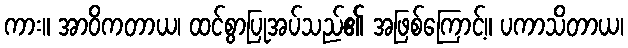
ကား။ အာဝိကတာယ၊ ထင်စွာပြုအပ်သည်၏ အဖြစ်ကြောင့်။ ပကာသိတာယ၊